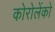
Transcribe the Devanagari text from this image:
कोरोलेंको